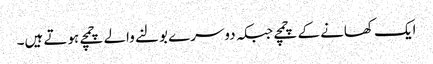
ایک کھانے کے چمچے جبکہ دوسرے بولنے والے چمچے ہوتے ہیں۔